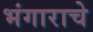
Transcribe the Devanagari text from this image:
भंगाराचे